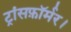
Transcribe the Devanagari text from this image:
ट्रांसफ़ॉर्मर।